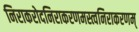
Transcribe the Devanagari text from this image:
निराकरोदनिराकरणमस्त्वनिराकरणम्